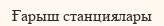
Ғарыш станциялары